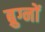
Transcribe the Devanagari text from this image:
ब्रुग्नों